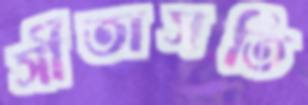
সীতাসতি